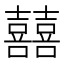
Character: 囍